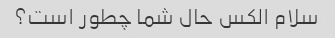
سلام الکس حال شما چطور است؟